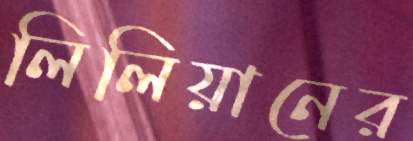
লিলিয়ানের